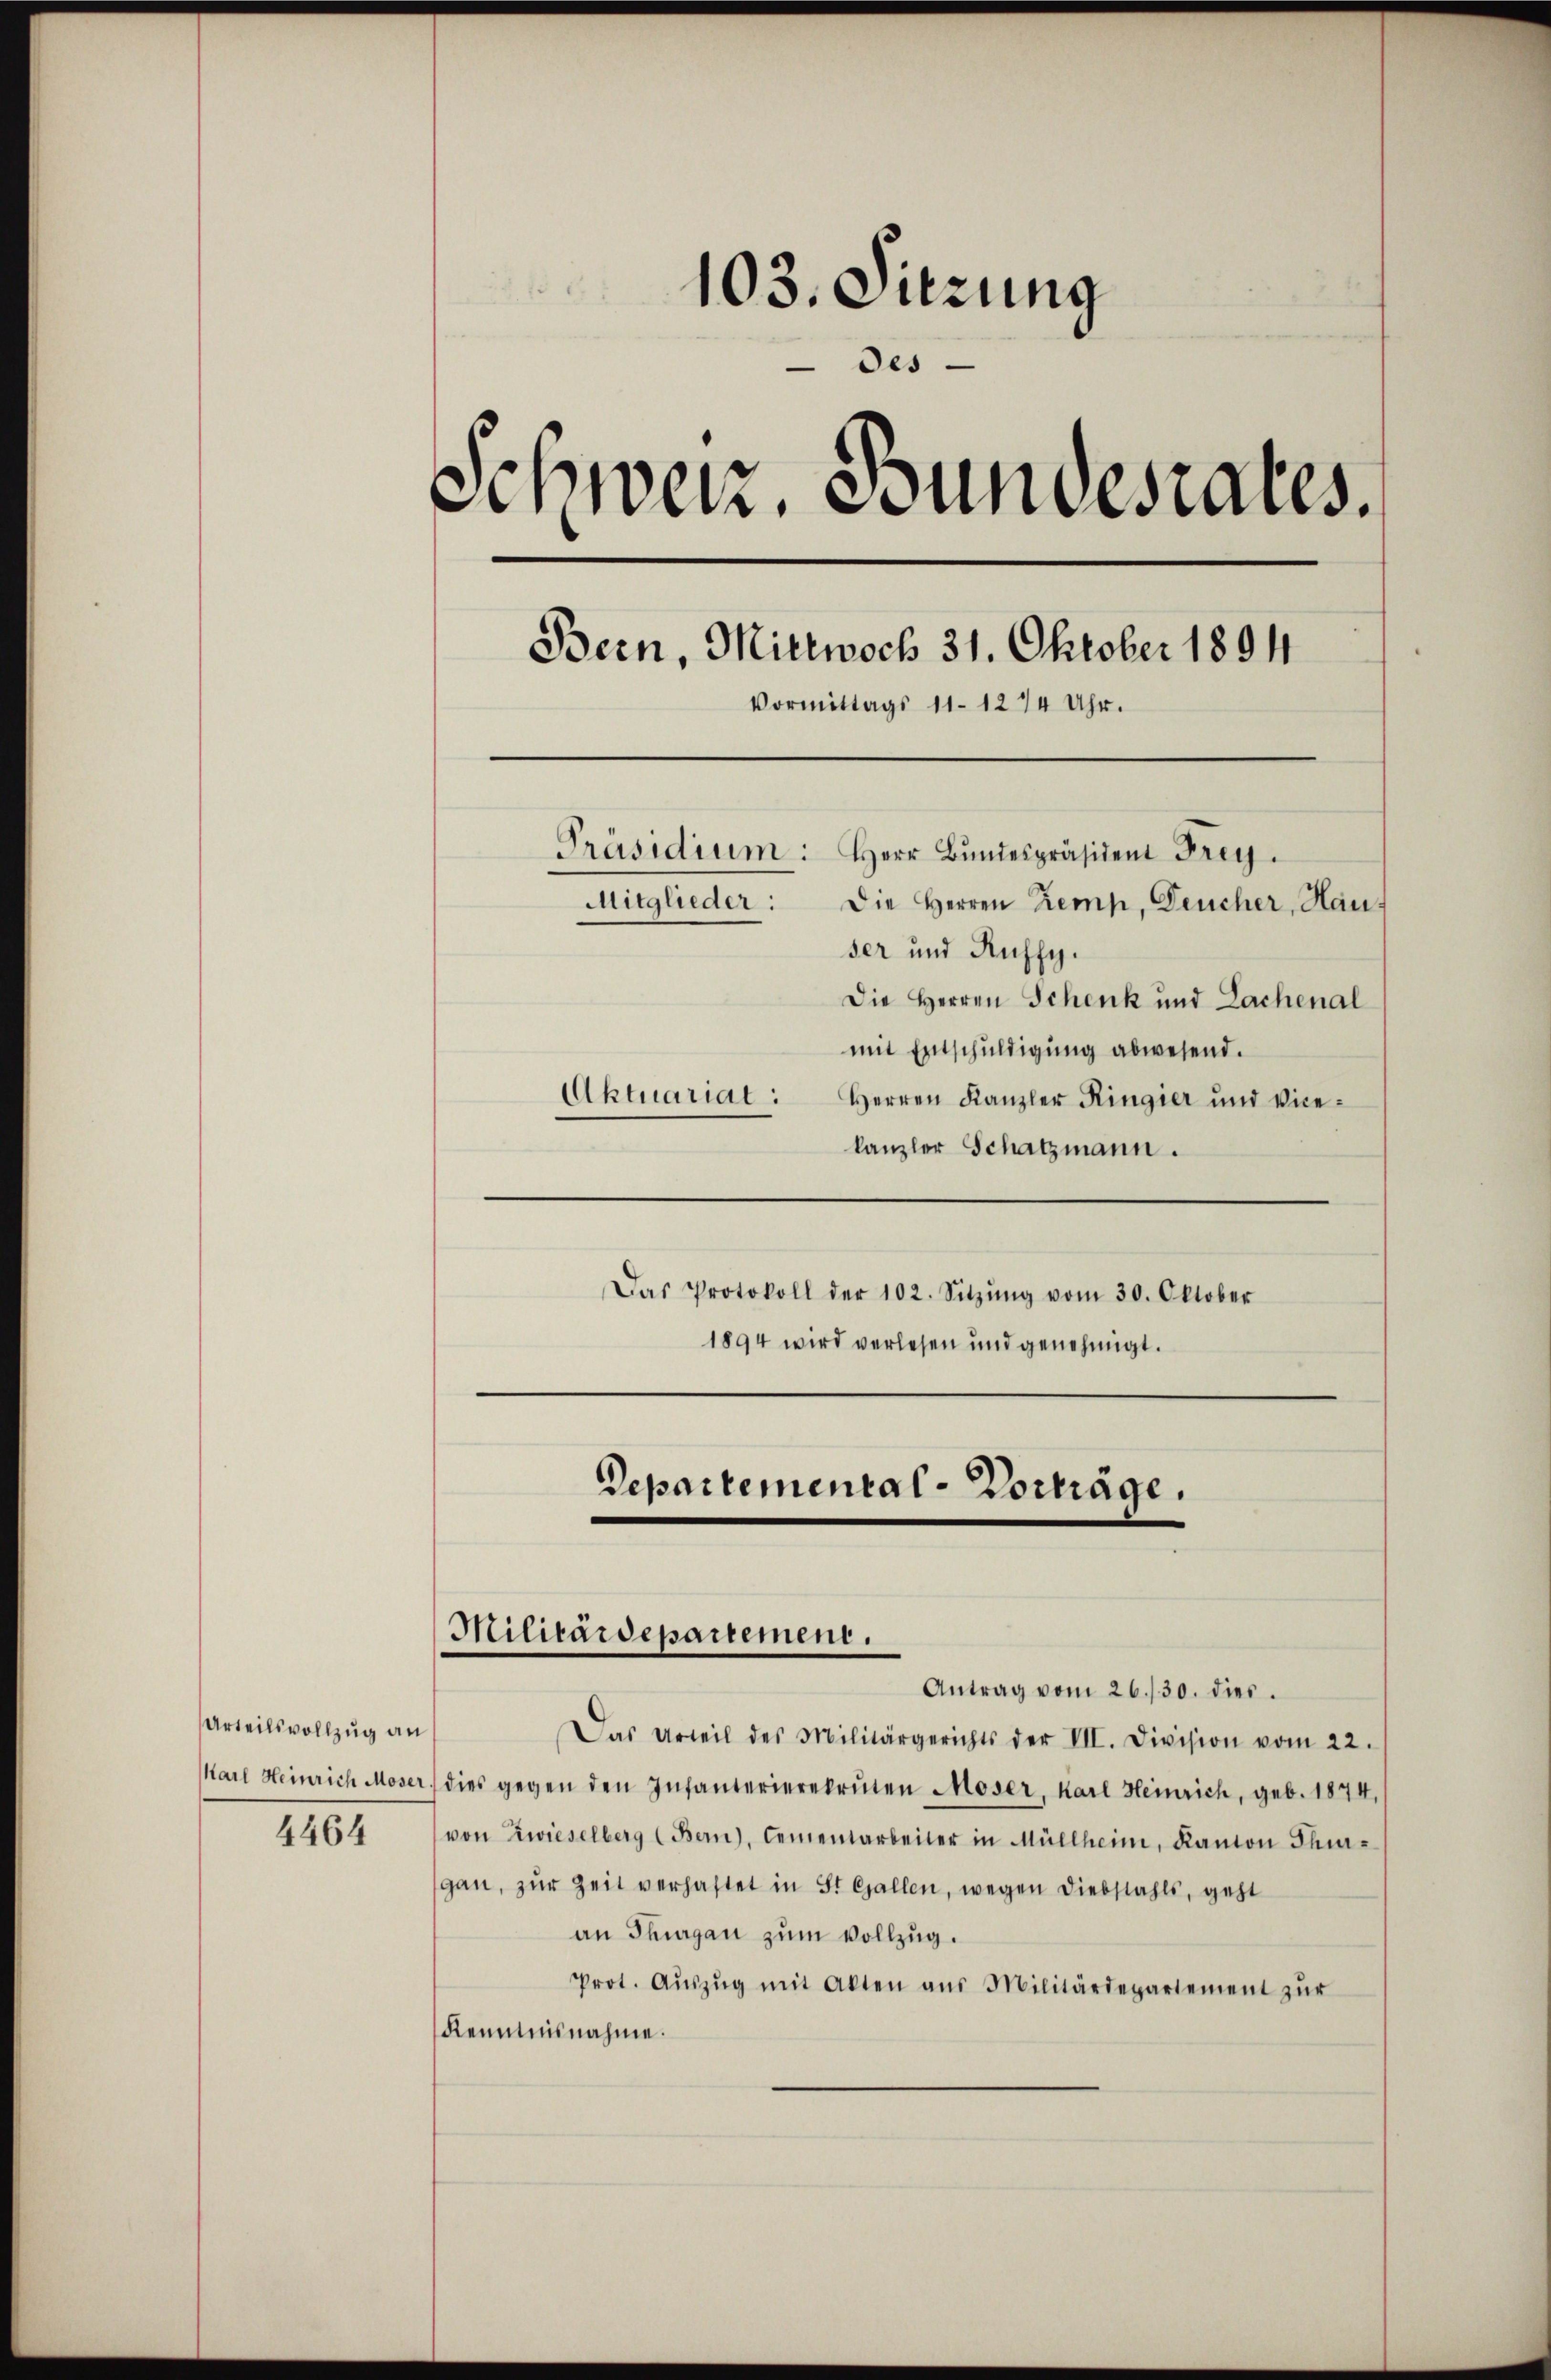
Urteilsvollzug an
4464

103. Sitzung
des
Schweiz. Bundesrates.
Bern, Mittwoch 31. Oktober 1894
Vormittags 11. 1274 Uhr.
Präsidium: Herr Bŭndespräsident Frey.
Mitglieder: Die Herren Kemp, Deucher, Hau-
ser und Auffy.
Die Herren Schenk und Lachenal
mit Entschuldigung abwesend.
Aktuariat:
Herren Kanzler Ringier und Vice-

Departemental-Vorträge.
Militärdepartement.
Antrag vom 26./30. dies

kanzler Schatzmann.
Das Protokoll der 102. Sitzŭng vom 30. Oktober
1894 wird verlesen und genehmigt.

Das Urteil des Militärgerichts der VII. Division vom 22.
Karl Heinrich Moser, dies gegen den Infanterierekruten Moser, Karl Heinrich, geb. 1874,
von Zwieselberg (Bern, Cementarbeiter in Müllheim, Kanton Thur-
gan, zŭr Zeit verhaftet in St. Gallen, wegen Diebstahls, geht
an Thurgau zum Vollzug.
Prot. Aŭszŭg mit Akten aus Militärdepartement zŭr
Kenntnisnahme.